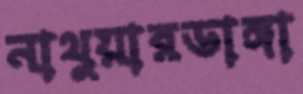
নাথুয়ারডাঙ্গা